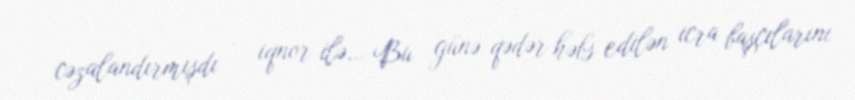
cəzalandırmışdı – iqnor ilə… Bu günə qədər həbs edilən icra başçılarını